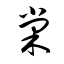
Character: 棠